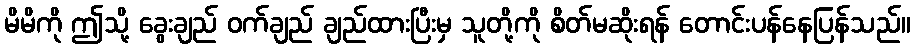
မိမိကို ဤသို့ ခွေးချည် ဝက်ချည် ချည်ထားပြီးမှ သူတို့ကို စိတ်မဆိုးရန် တောင်းပန်နေပြန်သည်။